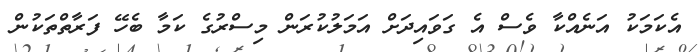
އެކަމަކު އަނެއްކާ ވެސް އެ ގަވައިދަށް އަމަލުކުރަން މިސްރުގެ ކަމާ ބެހޭ ފަރާތްތަކުން